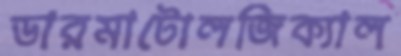
ডারমাটোলজিক্যাল